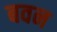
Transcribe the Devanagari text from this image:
बवन